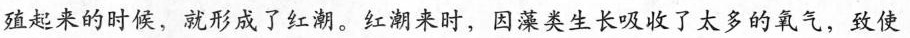
殖起来的时候，就形成了红潮。红潮来时，因藻类生长吸收了太多的氧气，致使